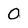
Character: 0